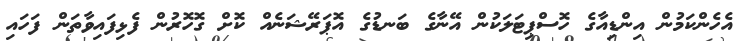
އެހެންކަމުން އިންޑިއާގެ ހޮސްޕިޓަލަކުން އޭނާގެ ބަނޑުގެ އޮޕަރޭޝަނެއް ކޮށް ގޮހޮރުން ފެޅިފައިވާތަން ފަހައި